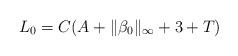
LaTeX: \begin{align*}L_0=C(A+\|\beta_0\|_\infty+3+T)\end{align*}